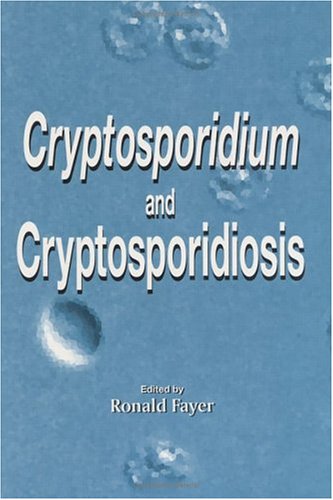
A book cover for Cryptosporidium and Cryptosporidiosis; Medical Books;